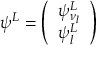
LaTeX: \psi ^ { L } = \left( \begin{array} { l } { { \psi _ { \nu _ { l } } ^ { L } } } \\ { { \psi _ { l } ^ { L } } } \end{array} \right)